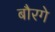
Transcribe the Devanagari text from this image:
बौरगे